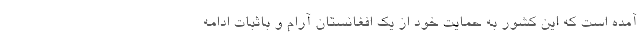
آمده است که این کشور به حمایت خود از یک افغانستان آرام و باثبات ادامه